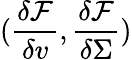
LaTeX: (\frac{\delta\mathcal{F}}{\delta v},\frac{\delta\mathcal{F}}{\delta\Sigma})